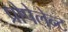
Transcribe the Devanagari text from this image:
प्रोपेलेन्ट